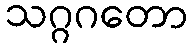
သဂ္ဂဂတော